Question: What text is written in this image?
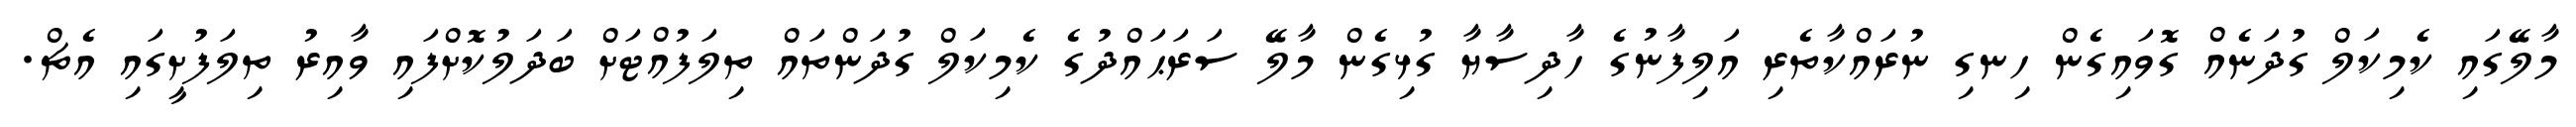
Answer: މާލޭގައި ކެމިކަލް ގުދަނެއް ގޮވައިގެން ހިނގި ނުރައްކާތެރި އަލިފާނުގެ ހާދިސާޔާ ގުޅިގެން މާލޭ ސަރަޙައްދުގެ ކެމިކަލް ގުދަންތައް ތިލަފުއްޓަށް ބަދަލުކޮށްފައި ވާއިރު ތިލަފުށީގައި އެޗް.